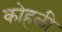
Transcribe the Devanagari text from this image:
कोहळी